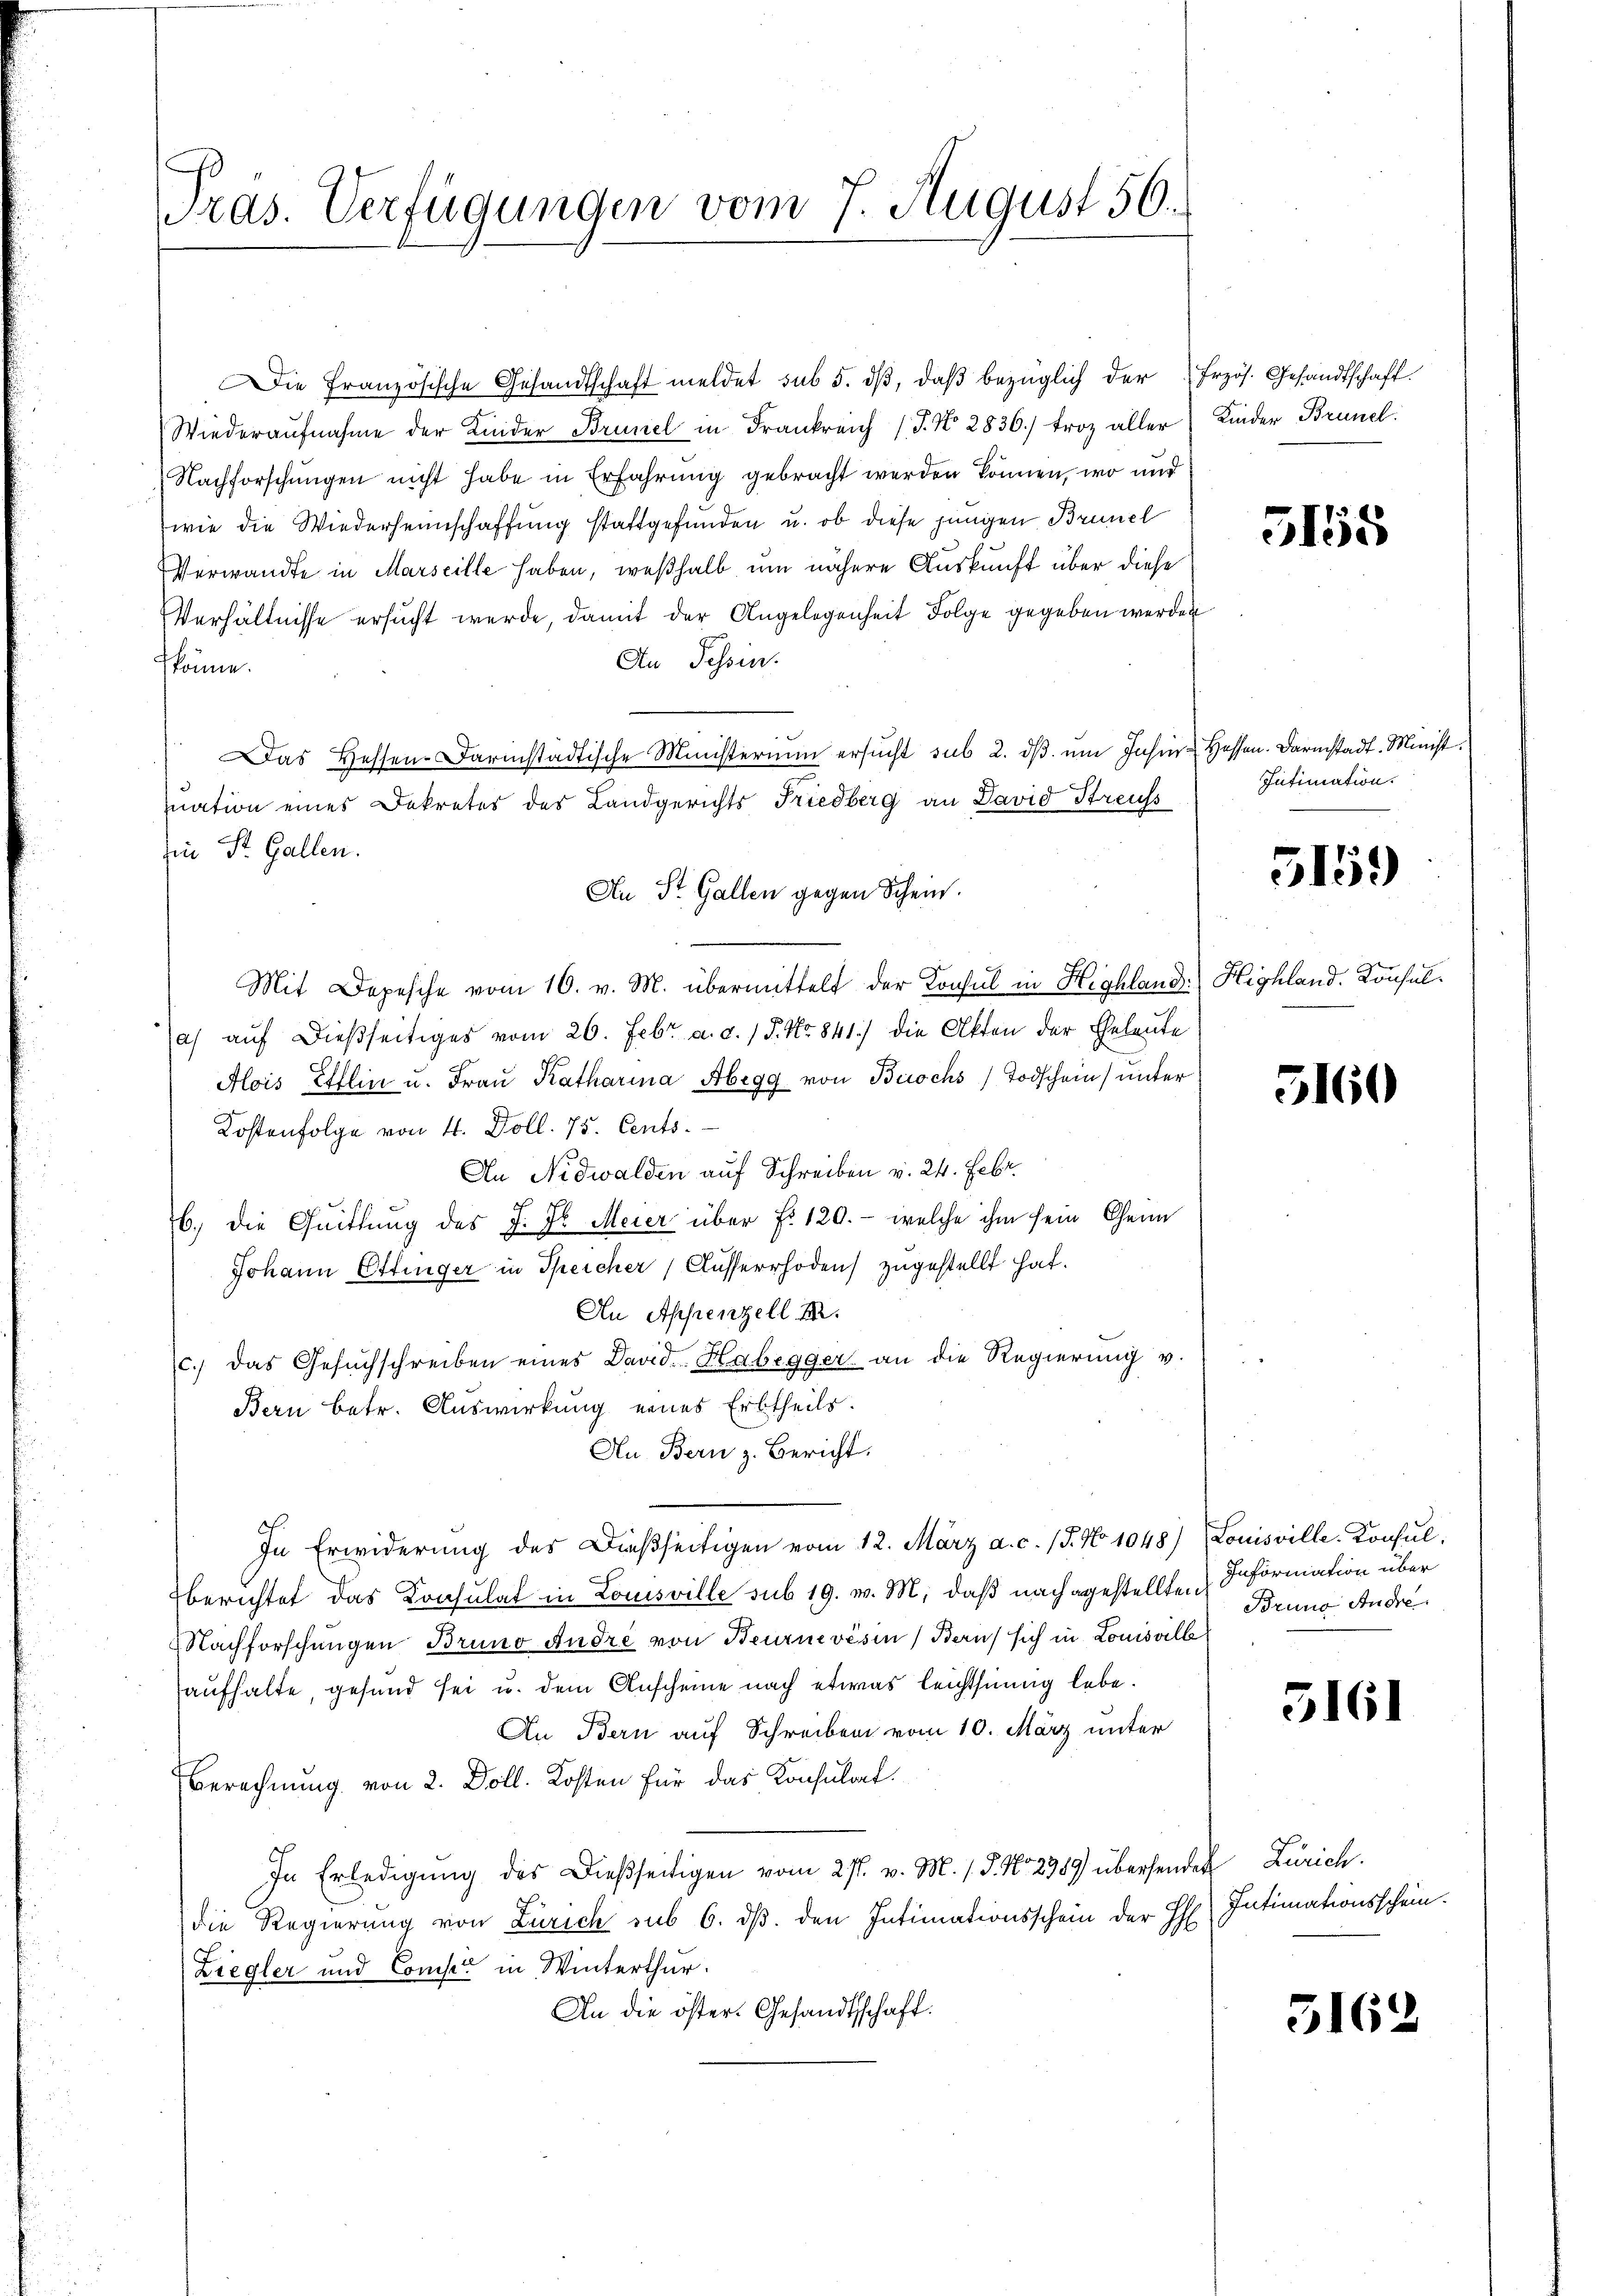
Pras. Verfügungen vom 7. August 56.

ie französische Gesandtschaft meldet sub 5. dβ, daß bezüglich der Frzös. Gesandtschaft.
Wiederaŭfnahme der Kinder Brunel in Frankreich (J. N. 2836/ froz aller Kinder Brunel.
Nachforschungen nicht habe in Erfahrung gebracht werden können, wo und
wie die Wiederheimschaffung stattgefunden u. ob diese jungen Brunel
Verwandte in Marseille haben, weßhalb um nähere Auskunft über diese
Verhältnisse ersucht werde, damit der Angelegenheit Folge gegeben werden
An Tessin.
könne.
Das Hessen-Darmstädtische Ministerium ersucht sub 2. dβ um Jahre Hessen. Darmstadt. Minist.
uation eines Dekretes des Landgerichts Friedberg an David Streuss
zin St. Gallen.
An St. Gallen gegen Schein.
Mit Depesche vom 16. v. M. übermittelt der Konsul in Highland) Highland. Konsula) auf dießseitiges vom 26. Febr. a. d. 15. No 841.) die Akten der Geleute
Alois Elflin u. Frau Katharina Abegg von Buochs) Todschein) unter
Kostenfolge von 4. Doll. 75. Cents.
An Nidwalden auf Schreiben v. 24. Febr.
6.) Die Quittung des J. Dr. Meier über f. 120.- welche ihm sein Chen
Johann Ettinger in Speicher, Ausserrhoden zugestellt hat.
An Appenzell M.
c.) das Gesuchschreiben eines David. Habegger an die Regierung v.
Bern betr. Auswirkung eines Erbtheils.
Au Bern z. Bericht.
In Erwiderung des Dießseitigen vom 12. März a. c. (T. No 1048) Louisville-Konsul,
berichtet das Konsulat in Louisville sub 19. v. M. daß nachgestellten Brune Andre
Nachforschungen Bruno andre von Beurnevisin, Beruf sich in Louisville
aufhalte, gesund sei u. dem Anscheine nach etwas leichtsinnig lebe.
An Bern auf Schreiben vom 10. März unter
Eberechnung von 2. Doll. Kosten für das Konsulat
In Erledigung des Dießseitigen vom 27. v. M. / 5. No 2389) übersendet Zürich.
die Regierung von Zürich sub 6. dβ. den Intimationsschein der H
Liegler und Conser in Winterthur.
An die öster. Gesandtschaft.

5158

Intimation.

5159)

5160

Information über

5161

Intimationsschein.

5162